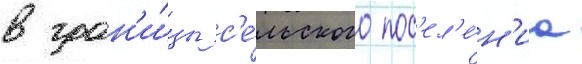
в гран'и́цы с'е́льского пос'ел'е́н'иа